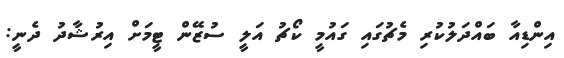
އިންޑިއާ ބައްދަލުކުރި މެޗުގައި ގައުމީ ކޯޗު އަލީ ސުޒޭން ޓީމަށް އިރުޝާދު ދެނީ: